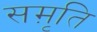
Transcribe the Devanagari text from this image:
सम़ृति